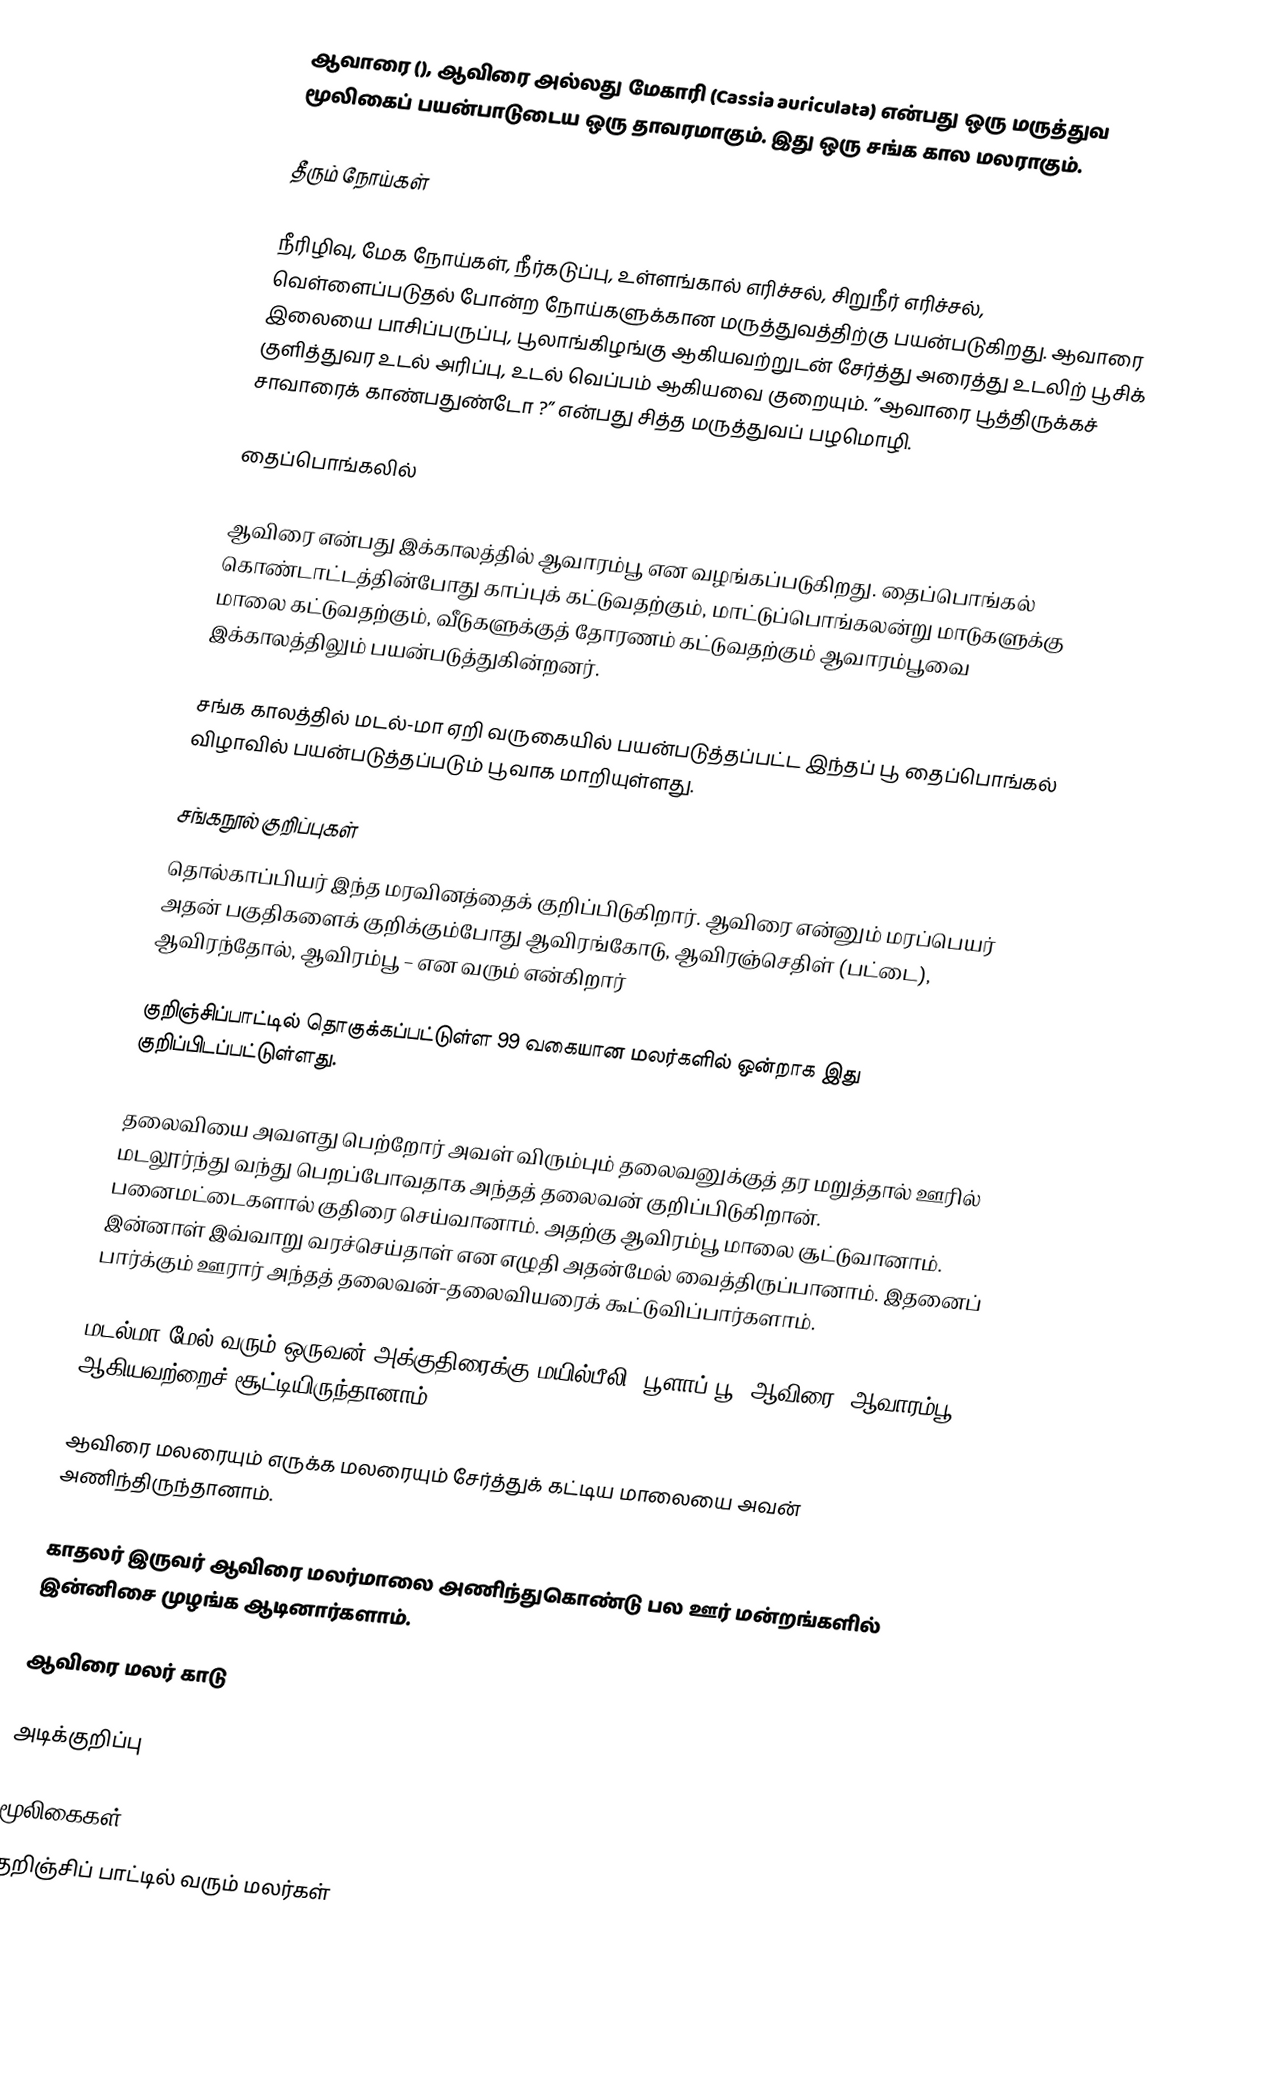
ஆவாரை (), ஆவிரை அல்லது மேகாரி (Cassia auriculata) என்பது ஒரு மருத்துவ மூலிகைப் பயன்பாடுடைய ஒரு தாவரமாகும். இது ஒரு சங்க கால மலராகும்.

தீரும் நோய்கள்

நீரிழிவு, மேக நோய்கள், நீர்கடுப்பு, உள்ளங்கால் எரிச்சல், சிறுநீர் எரிச்சல், வெள்ளைப்படுதல் போன்ற நோய்களுக்கான மருத்துவத்திற்கு பயன்படுகிறது. ஆவாரை இலையை பாசிப்பருப்பு, பூலாங்கிழங்கு ஆகியவற்றுடன் சேர்த்து அரைத்து உடலிற் பூசிக் குளித்துவர உடல் அரிப்பு, உடல் வெப்பம் ஆகியவை குறையும். ”ஆவாரை பூத்திருக்கச் சாவாரைக் காண்பதுண்டோ ?” என்பது சித்த மருத்துவப் பழமொழி.

தைப்பொங்கலில்

ஆவிரை என்பது இக்காலத்தில் ஆவாரம்பூ என வழங்கப்படுகிறது. தைப்பொங்கல் கொண்டாட்டத்தின்போது காப்புக் கட்டுவதற்கும், மாட்டுப்பொங்கலன்று மாடுகளுக்கு மாலை கட்டுவதற்கும், வீடுகளுக்குத் தோரணம் கட்டுவதற்கும் ஆவாரம்பூவை இக்காலத்திலும் பயன்படுத்துகின்றனர்.

சங்க காலத்தில் மடல்-மா ஏறி வருகையில் பயன்படுத்தப்பட்ட இந்தப் பூ தைப்பொங்கல் விழாவில் பயன்படுத்தப்படும் பூவாக மாறியுள்ளது.

சங்கநூல் குறிப்புகள்
தொல்காப்பியர் இந்த மரவினத்தைக் குறிப்பிடுகிறார். ஆவிரை என்னும் மரப்பெயர் அதன் பகுதிகளைக் குறிக்கும்போது ஆவிரங்கோடு, ஆவிரஞ்செதிள் (பட்டை), ஆவிரந்தோல், ஆவிரம்பூ – என வரும் என்கிறார்

குறிஞ்சிப்பாட்டில் தொகுக்கப்பட்டுள்ள 99 வகையான மலர்களில் ஒன்றாக இது குறிப்பிடப்பட்டுள்ளது.

தலைவியை அவளது பெற்றோர் அவள் விரும்பும் தலைவனுக்குத் தர மறுத்தால் ஊரில் மடலூர்ந்து வந்து பெறப்போவதாக அந்தத் தலைவன் குறிப்பிடுகிறான். பனைமட்டைகளால் குதிரை செய்வானாம். அதற்கு ஆவிரம்பூ மாலை சூட்டுவானாம். இன்னாள் இவ்வாறு வரச்செய்தாள் என எழுதி அதன்மேல் வைத்திருப்பானாம். இதனைப் பார்க்கும் ஊரார் அந்தத் தலைவன்-தலைவியரைக் கூட்டுவிப்பார்களாம்.

மடல்மா மேல் வரும் ஒருவன் அக்குதிரைக்கு மயில்பீலி, பூளாப் பூ, ஆவிரை (ஆவாரம்பூ) ஆகியவற்றைச் சூட்டியிருந்தானாம்.

ஆவிரை மலரையும் எருக்க மலரையும் சேர்த்துக் கட்டிய மாலையை அவன் அணிந்திருந்தானாம்.

காதலர் இருவர் ஆவிரை மலர்மாலை அணிந்துகொண்டு பல ஊர் மன்றங்களில் இன்னிசை முழங்க ஆடினார்களாம்.

ஆவிரை மலர் காடு

அடிக்குறிப்பு

மூலிகைகள்
குறிஞ்சிப் பாட்டில் வரும் மலர்கள்